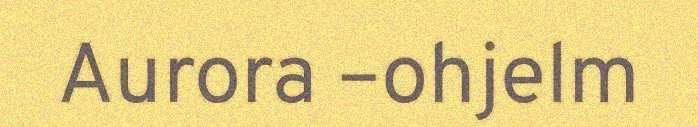
Aurora –ohjelm